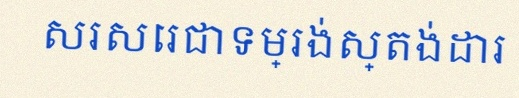
សរសេរជាទម្រង់ស្តង់ដារ